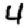
Digit: 4